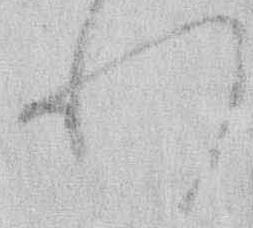
れ